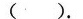
( ).